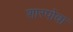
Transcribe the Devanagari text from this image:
शारपोवा